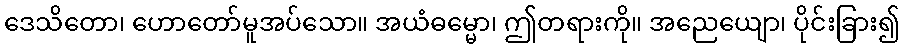
ဒေသိတော၊ ဟောတော်မူအပ်သော။ အယံဓမ္မော၊ ဤတရားကို။ အညေယျော၊ ပိုင်းခြား၍